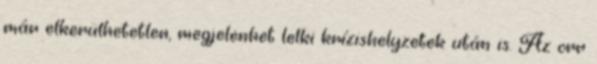
már elkerülhetetlen, megjelenhet lelki krízishelyzetek után is. Az orr